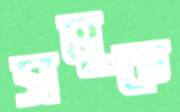
সমুক